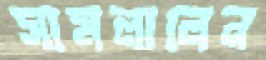
সামলালেন